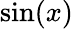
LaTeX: \sin(x)